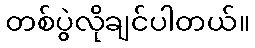
တစ်ပွဲလိုချင်ပါတယ်။